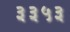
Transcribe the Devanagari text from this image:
३३५३